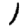
Digit: 1